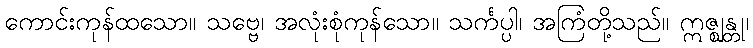
ကောင်းကုန်ထသော။ သဗ္ဗေ၊ အလုံးစုံကုန်သော။ သင်္ကပ္ပါ၊ အကြံတို့သည်။ ဣဇ္ဈန္တု၊